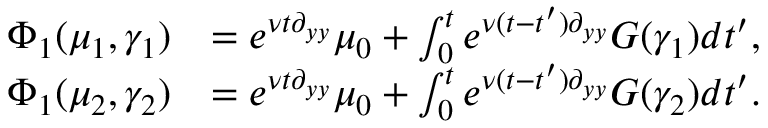
\begin{array} { r l } { \Phi _ { 1 } ( \mu _ { 1 } , \gamma _ { 1 } ) } & { = e ^ { \nu t \partial _ { y y } } \mu _ { 0 } + \int _ { 0 } ^ { t } e ^ { \nu ( t - t ^ { \prime } ) \partial _ { y y } } G ( \gamma _ { 1 } ) d t ^ { \prime } , } \\ { \Phi _ { 1 } ( \mu _ { 2 } , \gamma _ { 2 } ) } & { = e ^ { \nu t \partial _ { y y } } \mu _ { 0 } + \int _ { 0 } ^ { t } e ^ { \nu ( t - t ^ { \prime } ) \partial _ { y y } } G ( \gamma _ { 2 } ) d t ^ { \prime } . } \end{array}